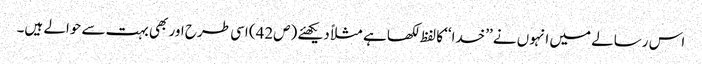
اس رسالے میں انہوں نے ’’خدا‘‘ کا لفظ لکھا ہے مثلاً دیکھئے (ص42) اسی طرح اور بھی بہت سے حوالے ہیں۔